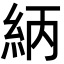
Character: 䋑